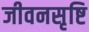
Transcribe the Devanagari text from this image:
जीवनसृष्टि